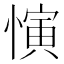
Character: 𪬦